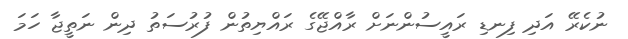
ނުކެރޭ އަދި ފިނޑި ރައީސުންނަށް ރާއްޖޭގެ ރައްޔިތުން ފުރުސަތު ދިން ނަތީޖާ ހަމަ